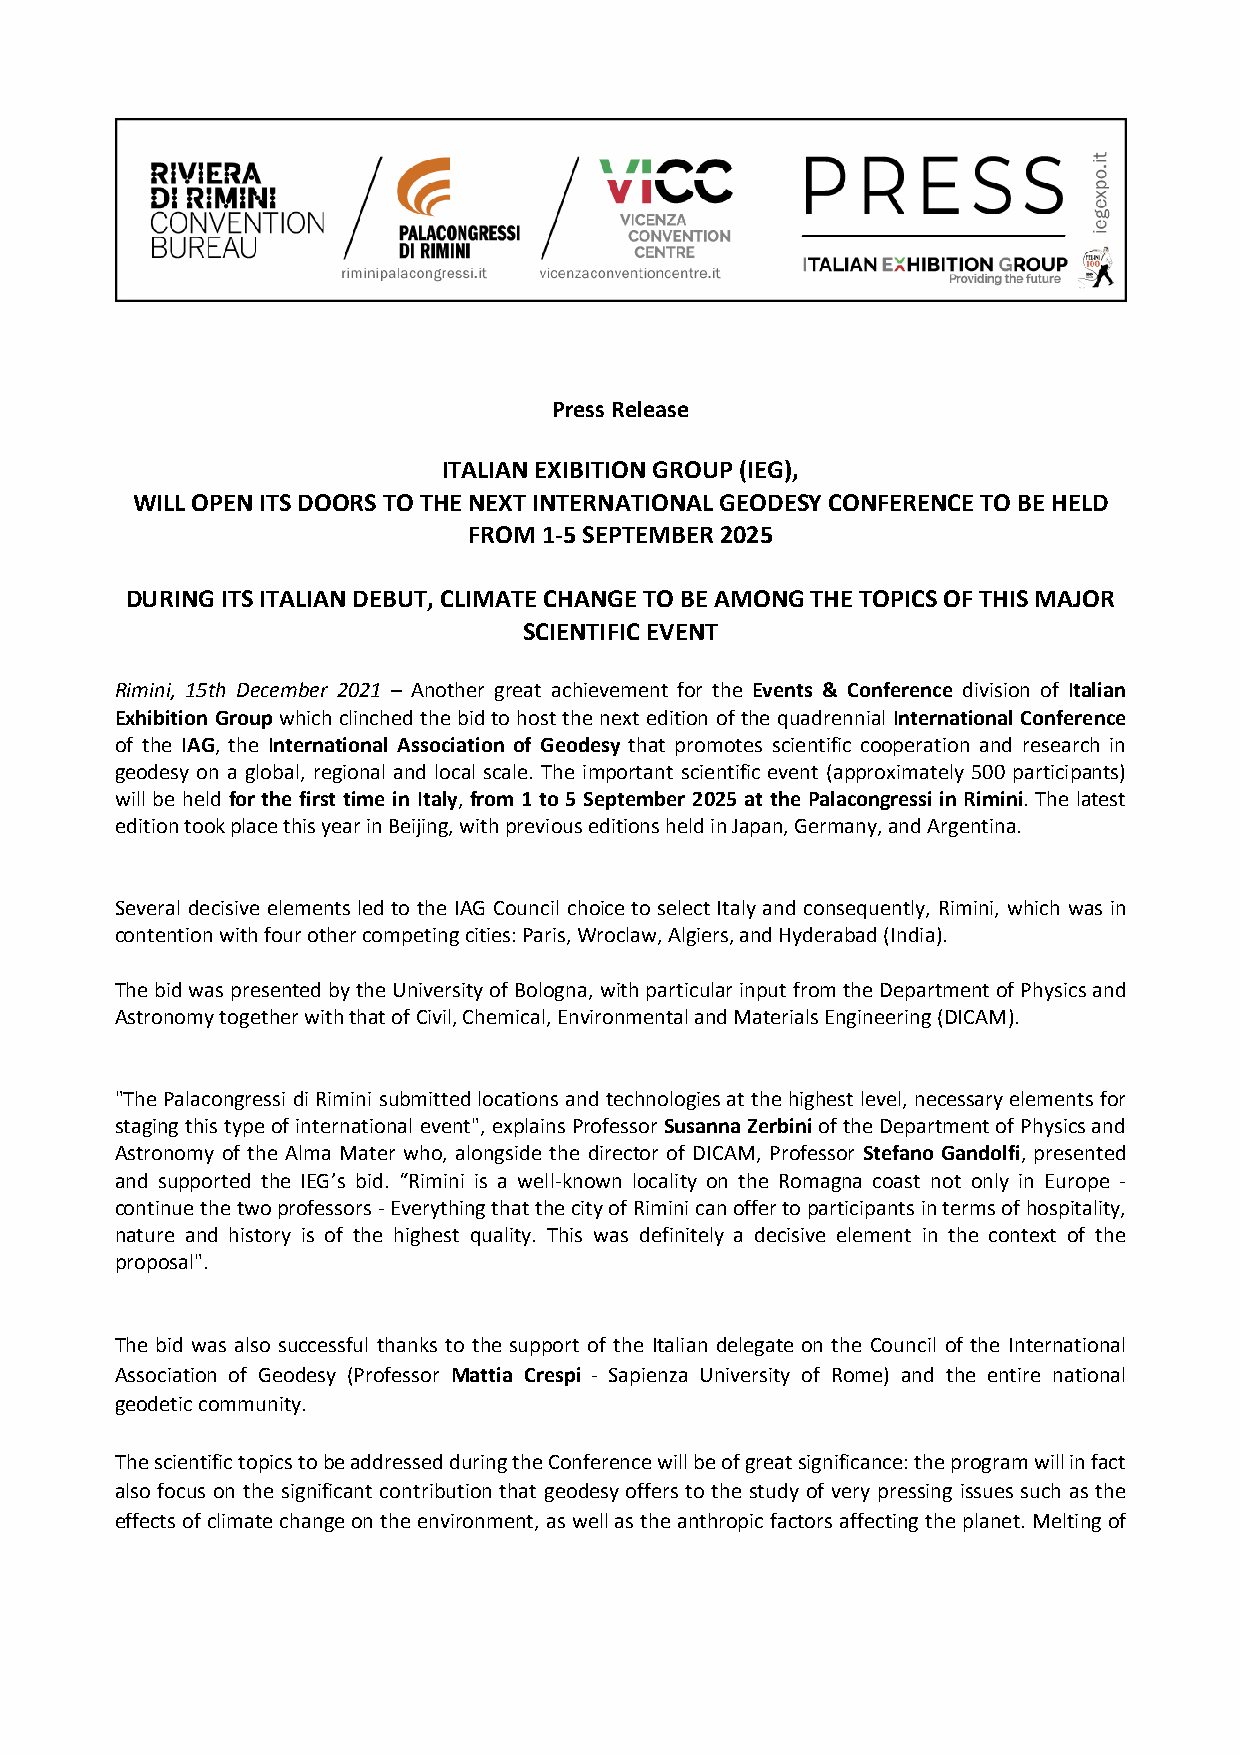
Press Release
 ITALIAN EXIBITION GROUP (IEG),
 WILL OPEN ITS DOORS TO THE NEXT INTERNATIONAL GEODESY CONFERENCE TO BE HELD
 FROM 1-5 SEPTEMBER 2025
 DURING ITS ITALIAN DEBUT, CLIMATE CHANGE TO BE AMONG THE TOPICS OF THIS MAJOR
 SCIENTIFIC EVENT
 Rimini, 15th December 2021 – Another great achievement for the Events & Conference division of Italian
 Exhibition Group which clinched the bid to host the next edition of the quadrennial International Conference
 of the IAG, the International Association of Geodesy that promotes scientific cooperation and research in
 geodesy on a global, regional and local scale. The important scientific event (approximately 500 participants)
 will be held for the first time in Italy, from 1 to 5 September 2025 at the Palacongressi in Rimini. The latest
 edition took place this year in Beijing, with previous editions held in Japan, Germany, and Argentina.
 Several decisive elements led to the IAG Council choice to select Italy and consequently, Rimini, which was in
 contention with four other competing cities: Paris, Wroclaw, Algiers, and Hyderabad (India).
 The bid was presented by the University of Bologna, with particular input from the Department of Physics and
 Astronomy together with that of Civil, Chemical, Environmental and Materials Engineering (DICAM).
 "The Palacongressi di Rimini submitted locations and technologies at the highest level, necessary elements for
 staging this type of international event", explains Professor Susanna Zerbini of the Department of Physics and
 Astronomy of the Alma Mater who, alongside the director of DICAM, Professor Stefano Gandolfi, presented
 and supported the IEG’s bid. “Rimini is a well-known locality on the Romagna coast not only in Europe -
 continue the two professors - Everything that the city of Rimini can offer to participants in terms of hospitality,
 nature and history is of the highest quality. This was definitely a decisive element in the context of the
 proposal".
 The bid was also successful thanks to the support of the Italian delegate on the Council of the International
 Association of Geodesy (Professor Mattia Crespi - Sapienza University of Rome) and the entire national
 geodetic community.
 The scientific topics to be addressed during the Conference will be of great significance: the program will in fact
 also focus on the significant contribution that geodesy offers to the study of very pressing issues such as the
 effects of climate change on the environment, as well as the anthropic factors affecting the planet. Melting of